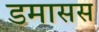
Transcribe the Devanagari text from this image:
डमासस